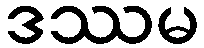
ဒဿမ